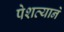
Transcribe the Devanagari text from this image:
पेशव्यानें